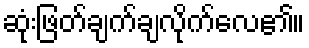
ဆုံးဖြတ်ချက်ချလိုက်လေ၏။